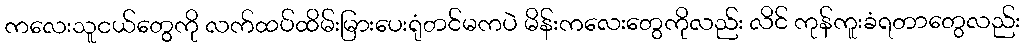
ကလေးသူငယ်တွေကို လက်ထပ်ထိမ်းမြားပေးရုံတင်မကပဲ မိန်းကလေးတွေကိုလည်း လိင် ကုန်ကူးခံရတာတွေလည်း